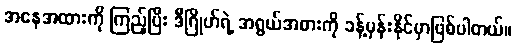
အနေအထားကို ကြည့်ပြီး ဒီဂြိုဟ်ရဲ့ အရွယ်အစားကို ခန့်မှန်းနိုင်မှာဖြစ်ပါတယ်။